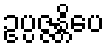
ဥပ္ပဇ္ဇန္တိပေ